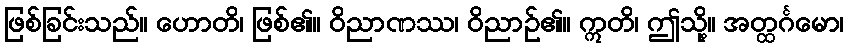
ဖြစ်ခြင်းသည်။ ဟောတိ၊ ဖြစ်၏။ ဝိညာဏဿ၊ ဝိညာဉ်၏။ ဣတိ၊ ဤသို့။ အတ္ထင်္ဂမော၊